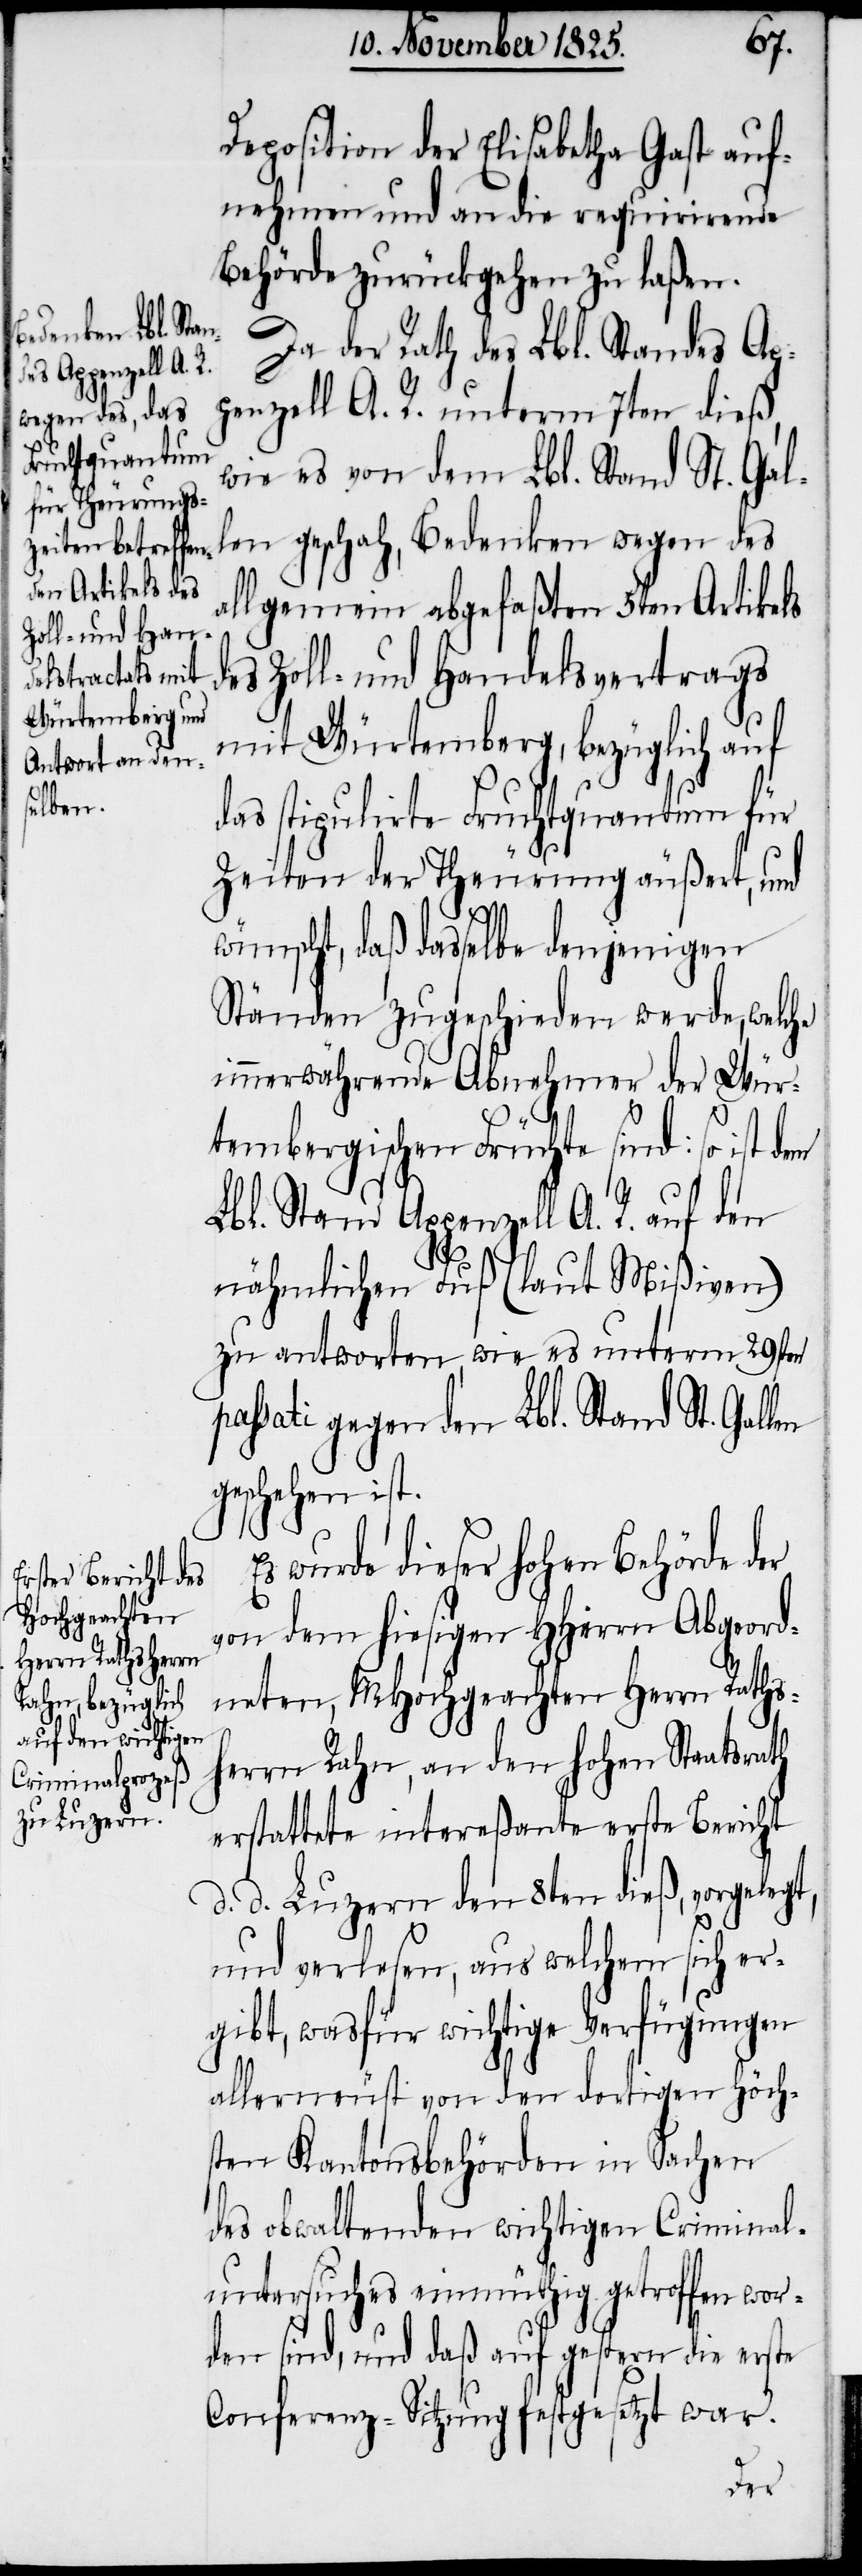
Deposition der Elisabetha Gast auf¬
nehmen und an die requirirende
Behörde zurückgehen zu laßen.
Da der Rath des Lbl. Standes Ap¬
penzell A. R. unterm 7ten dieß,
wegen des a¬
wie es von dem Lbl. Stand St. Gal¬
llgemein abgefaßten 5ten Artikels
des Zoll- und Handelsvertrags
mit Würtemberg, bezüglich auf
das stipulirte Fruchtquantum für
Zeiten der Theurung äußert, und
wünscht, daß dasselbe denjenigen
Ständen zugeschieden werde, welche
immerwährende Abnehmer der Wür¬
Es
tembergischen Früchte sind: so ist dem
Lbl. Stand Appenzell A. R. auf den
nähmlichen Fuß (laut Mißiven)
zu antworten, wie es unterm 29sten
passati gegen den Lbl. Stand St. Gal¬
geschehen ist.
wurde dieser hohen Behörde der
von dem hiesigen HHerrn Abgeord¬
neten, MHochgeachten Herrn Raths¬
herrn Rahn, an den hohen Staatsrath
erstattete intereßante erste Bericht
d. d. Luzern den 8ten dieß, vorgeleg¬
t,
und verlesen, aus welchem sich er¬
gibt, was für wichtige Verfügungen
allerneust von den dortigen höch¬
sten Kantonsbehörden in Sachen
des obwaltenden wichtigen Criminal¬
untersuches einmüthig getroffen wor¬
den sind, und daß auf gestern die erste
Conferenz-Sitzung festgesetzt war.